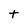
Character: t